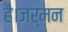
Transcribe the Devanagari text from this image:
है।जर्मन